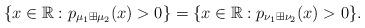
LaTeX: \begin{align*}\{x\in\mathbb{R}:p_{\mu_{1}\boxplus\mu_{2}}(x)>0\}=\{x\in\mathbb{R}:p_{\nu_{1}\boxplus\nu_{2}}(x)>0\}.\end{align*}